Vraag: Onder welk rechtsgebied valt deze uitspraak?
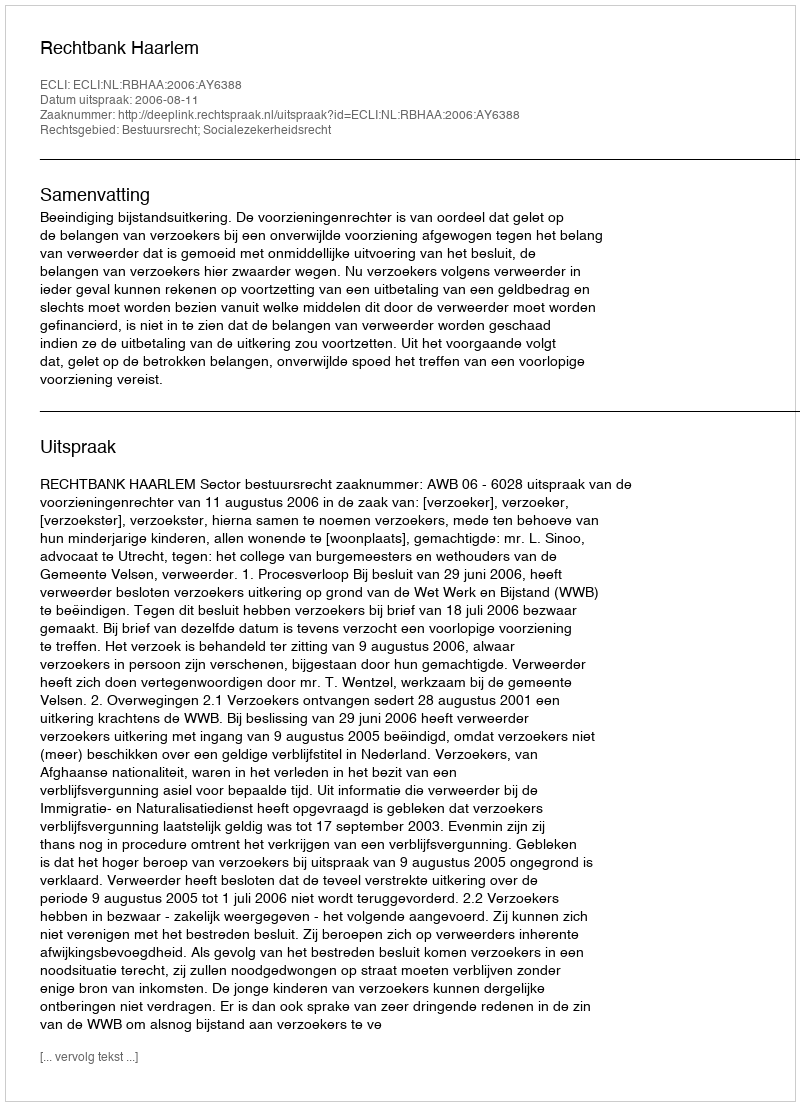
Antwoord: Bestuursrecht; Socialezekerheidsrecht